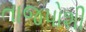
તાજપોશી